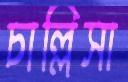
চাল্লিসা